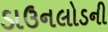
ડાઉનલોડની